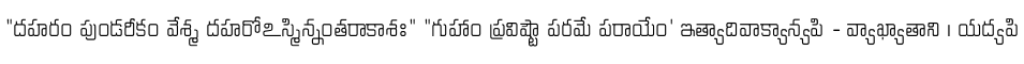
"దహరం పుండరీకం వేశ్మ దహరోఽస్మిన్నంతరాకాశః" "గుహాం ప్రవిష్టౌ పరమే పరాయేం' ఇత్యాదివాక్యాన్యపి - వ్యాఖ్యాతాని । యద్యపి